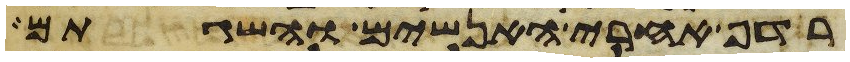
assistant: רדף אחרי האנשים והשגתם